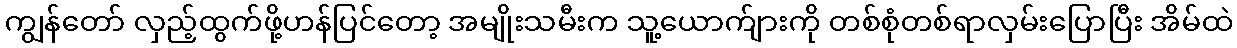
ကျွန်တော် လှည့်ထွက်ဖို့ဟန်ပြင်တော့ အမျိုးသမီးက သူ့ယောက်ျားကို တစ်စုံတစ်ရာလှမ်းပြောပြီး အိမ်ထဲ